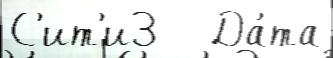
С'ит'и3   Да́та